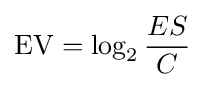
\mathrm {EV} =\log _{2}{\frac {ES}{C}}